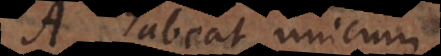
A habeat unicum